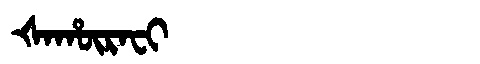
Manchu: ᡧᠠᡥᡡᡵᠠᠸᡳ
Romanization: ŠAHŪRAFI